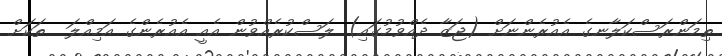
ތިމަންރަސްކަލާނގެ އެއުރެންނަށް (ޖަޒާ ދެއްވުމުގައި) ލަސްކުރެއްވުން އެއީ އެއުރެންގެ އަމިއްލަ  ތަކަށް